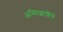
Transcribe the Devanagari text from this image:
अस्तित्वाशेष